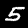
Label: 5